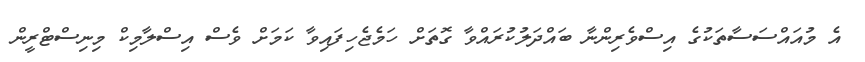
އެ މުއައްސަސާތަކުގެ އިސްވެރިންނާ ބައްދަލުކުރައްވާ ގޮތަށް ހަމެޖެހިފައިވާ ކަމަށް ވެސް އިސްލާމިކް މިނިސްޓްރީން